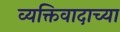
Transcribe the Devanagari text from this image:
व्यक्तिवादाच्या